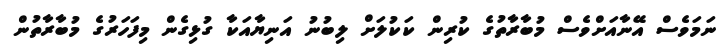
ނަމަވެސް އޭނާއަށްވެސް މުބާރާތުގެ ކުރިން ކަކުލަށް ލިބުނު އަނިޔާއަކާ ގުޅިގެން މިފަހަރުގެ މުބާރާތުން